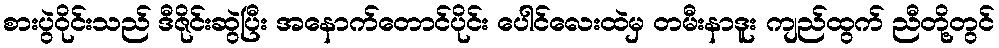
စားပွဲဝိုင်းသည် ဒီဇိုင်းဆွဲပြီး အနောက်တောင်ပိုင်း ပေါင်လေးထဲမှ တမီးနာဒူး ကျည်ထွက် ညီတို့တွင်